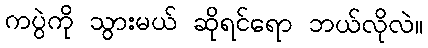
ကပွဲကို သွားမယ် ဆိုရင်ရော ဘယ်လိုလဲ။